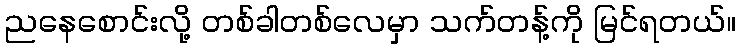
ညနေစောင်းလို့ တစ်ခါတစ်လေမှာ သက်တန့်ကို မြင်ရတယ်။